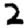
Digit: 2